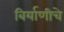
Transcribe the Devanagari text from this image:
बिर्याणीचे